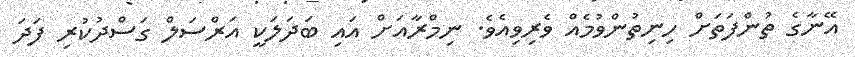
އޭނާގެ ތުންފަތަށް ހިނިތުންވުމެއް ވެރިވިއެވެ. ނިމްރާއަށް އައި ބަދަލަކީ އަރްސަލް ގަސްދުކުރި ފަދަ